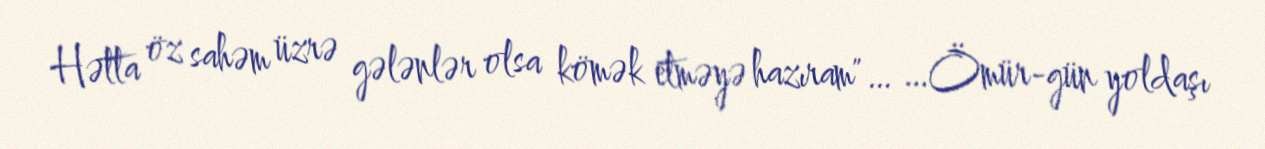
Hətta öz sahəm üzrə gələnlər olsa kömək etməyə hazıram"… …Ömür-gün yoldaşı